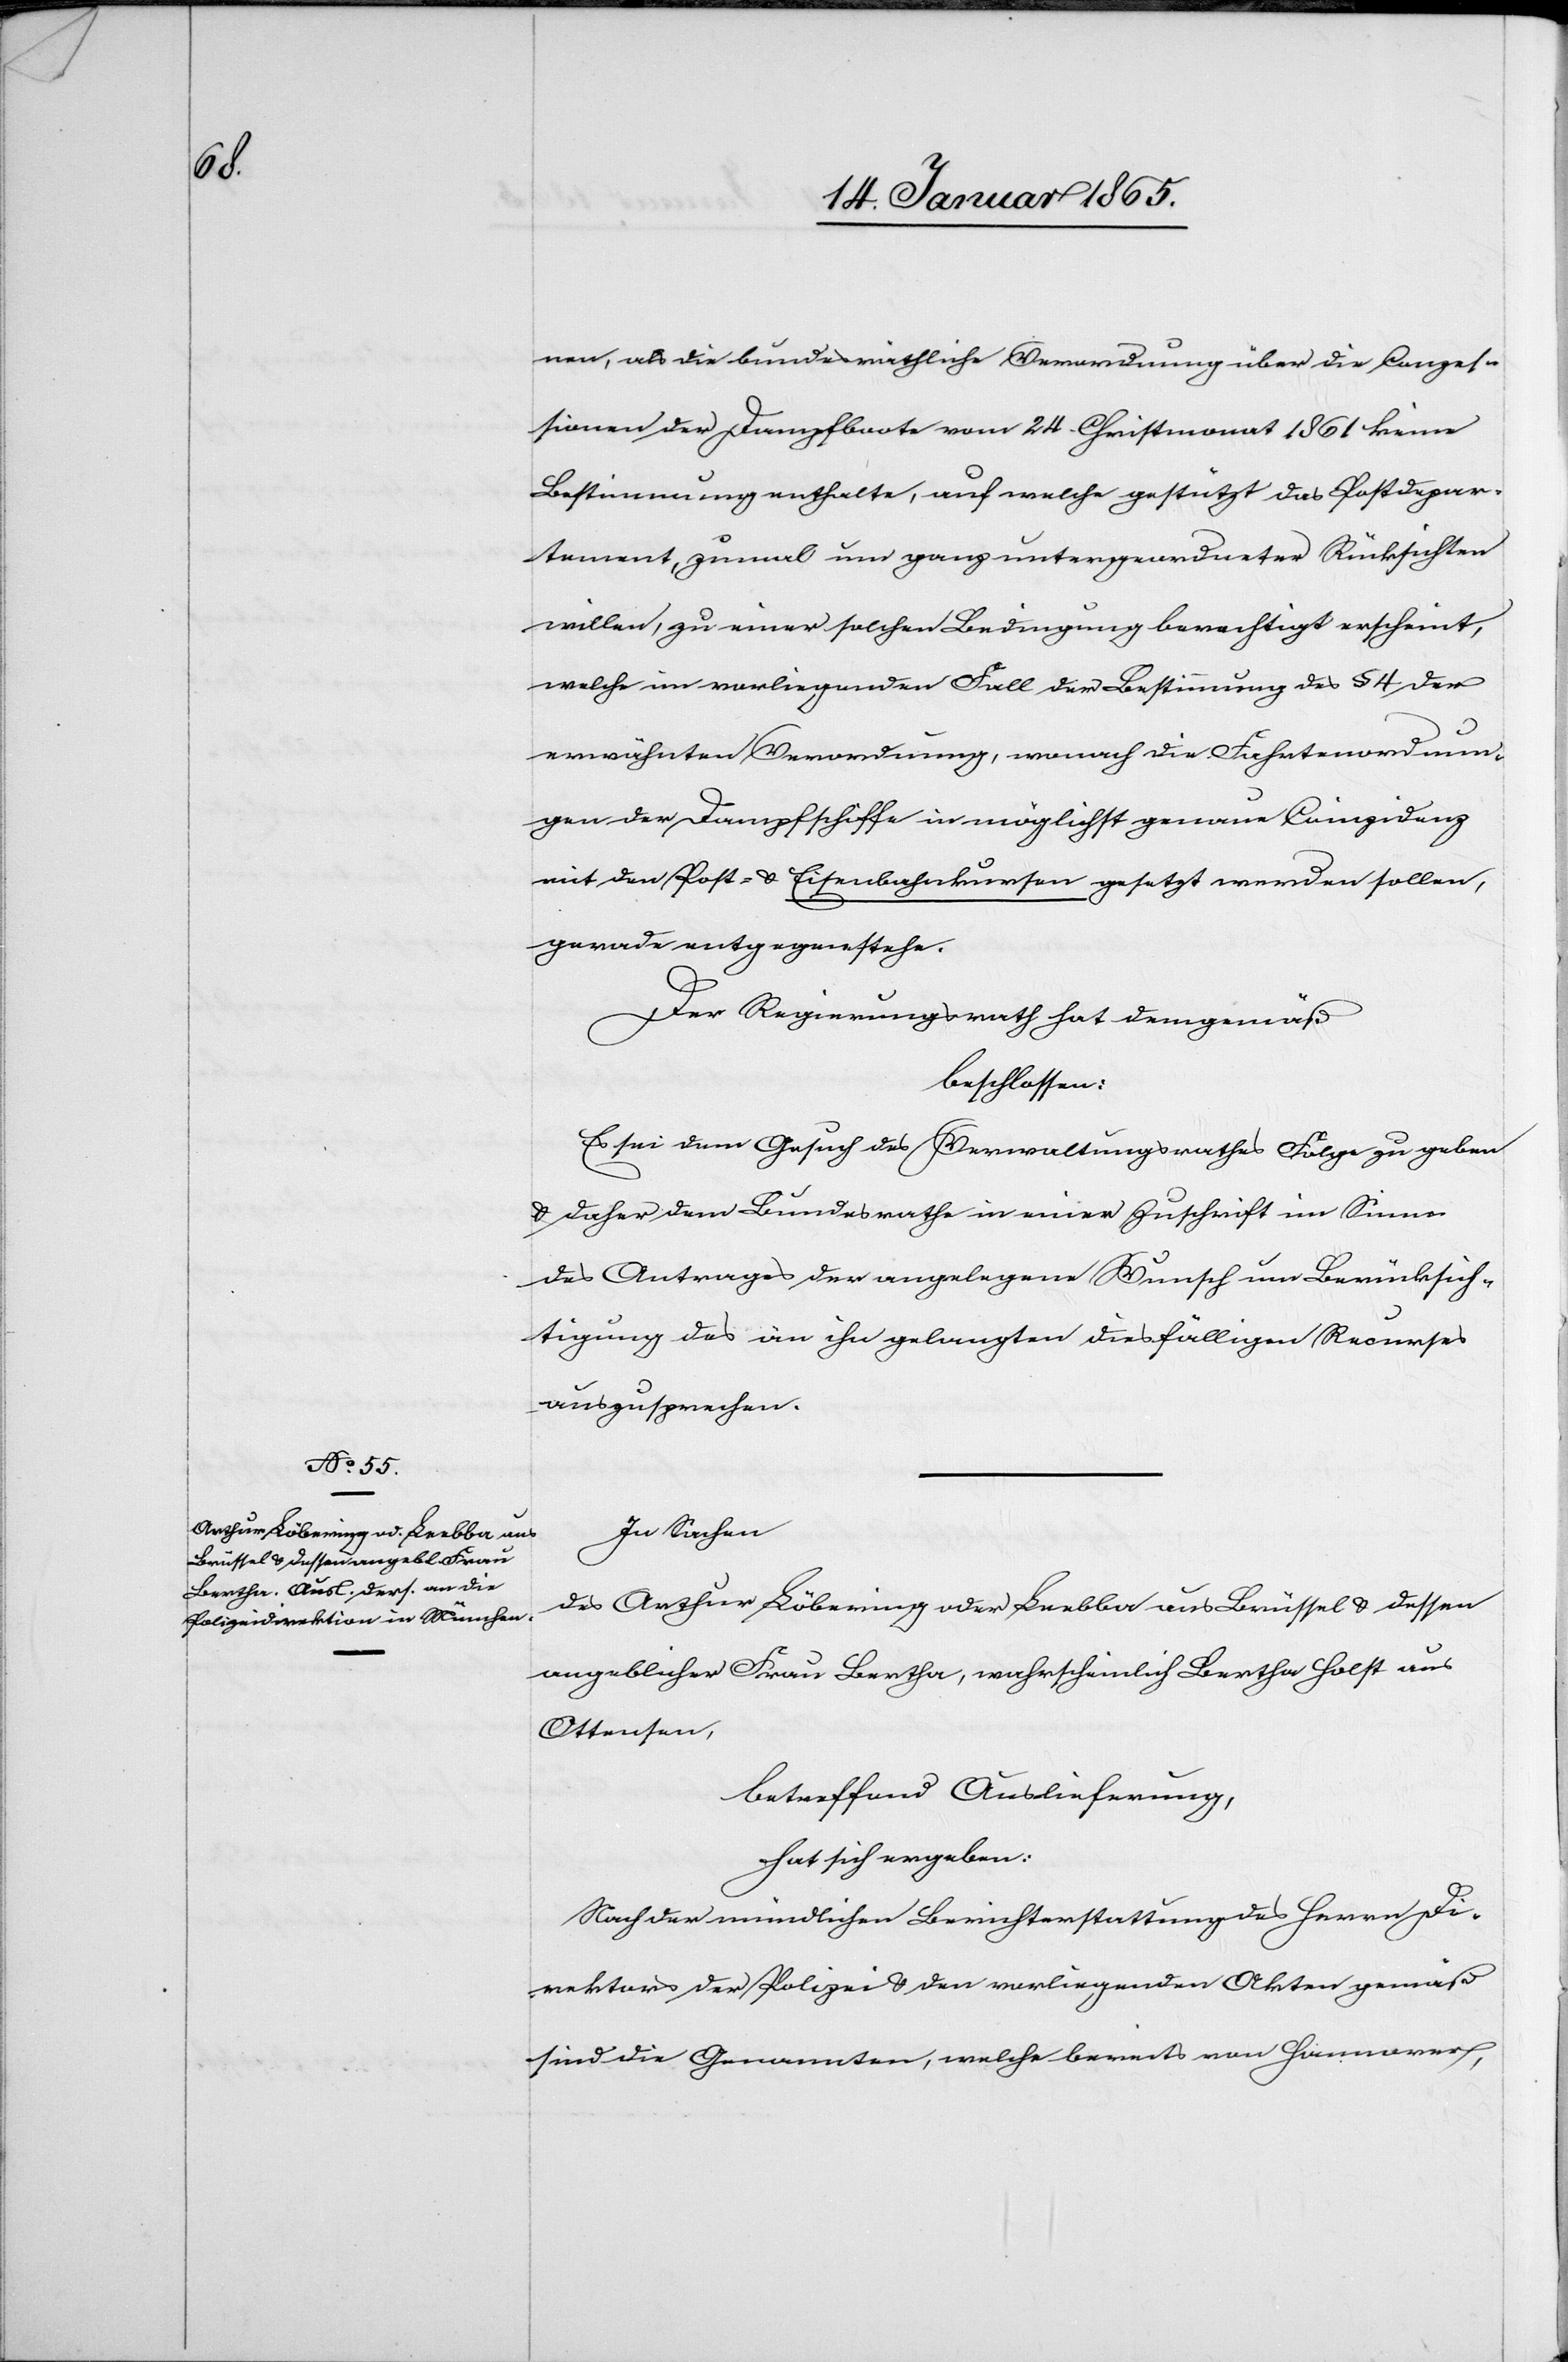
nen, als die bundesräthliche Verordnung über die Conzes¬
sionen der Dampfboote vom 24. Christmonat 1861 keine
Bestimmung enthalte, auf welche gestützt das Postdepar¬
tement, zumal um ganz untergeordneter Rücksichten
willen, zu einer solchen Bedingung berechtigt erscheint,
welche im vorliegenden Fall der Bestimmung des § 4 der
erwähnten Verordnung, wonach die Fahrtenordnun¬
gen der Dampfschiffe in möglichst genaue Coinzidenz
mit den Post- u. Eisenbahnkursen gesetzt werden sollen,
gerade entgegenstehe.
Der Regierungsrath hat demgemäß
beschlossen:
Es sei dem Gesuch des Verwaltungsrathes Folge zu geben
u. daher dem Bundesrathe in einer Zuschrift im Sinne
des Antrages der angelegene Wunsch um Berücksich¬
tigung des an ihn gelangten diesfälligen Recurses
auszusprechen.
In Sachen
des Arthur Löbering oder Leebba aus Brüssel u. dessen
angeblicher Frau Bertha, wahrscheinlich Bertha Holst aus
Ottensen,
betreffend Auslieferung,
hat sich ergeben:
Nach der mündlichen Berichterstattung des Herrn Di¬
rektors der Polizei u. den vorliegenden Akten gemäß
sind die Genannten, welche bereits von Hannover,